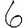
Digit: 6